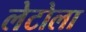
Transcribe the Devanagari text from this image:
लेटोला